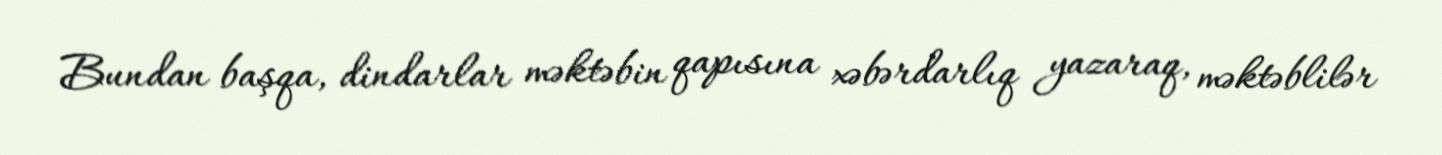
Bundan başqa, dindarlar məktəbin qapısına xəbərdarlıq yazaraq, məktəblilər